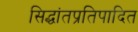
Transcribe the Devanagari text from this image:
सिद्धांतप्रतिपादित